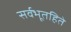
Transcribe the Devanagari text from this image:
सर्वभूतहिते